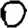
Digit: 0